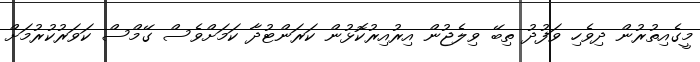
މީގެއިތުރުން ދިވެހި ވަފުދު ތިބޭ ވިލެޖުން އިރުއިރުކޮޅުން ކަރަންޓުދާ ކަމަށްވެސް ގޭމްސް ކަވަރުކުރުމަށް